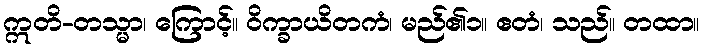
ဣတိ-တသ္မာ၊ ကြောင့်။ ဝိက္ခာယိတကံ၊ မည်၏၁။ ဧတံ၊ သည်။ တထာ။